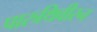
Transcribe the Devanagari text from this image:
पारुथिवीरन